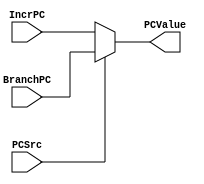
//using PCSource in Datapath.v, selects what value
//PC will get; incremented PC or branched PC
module PCSelector(PCSrc, BranchPC, IncrPC, PCValue);
	input [63:0] BranchPC, IncrPC;
	input PCSrc;
	output reg[63:0] PCValue;
	
	always @(PCSrc, BranchPC, IncrPC) begin
		if(PCSrc) begin PCValue <= BranchPC; end
		else begin PCValue <= IncrPC; end
	end
endmodule